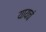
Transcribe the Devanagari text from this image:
यायचं